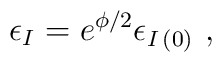
\epsilon_{I}=e^{\phi/2}\epsilon_{I\, (0)}\  ,